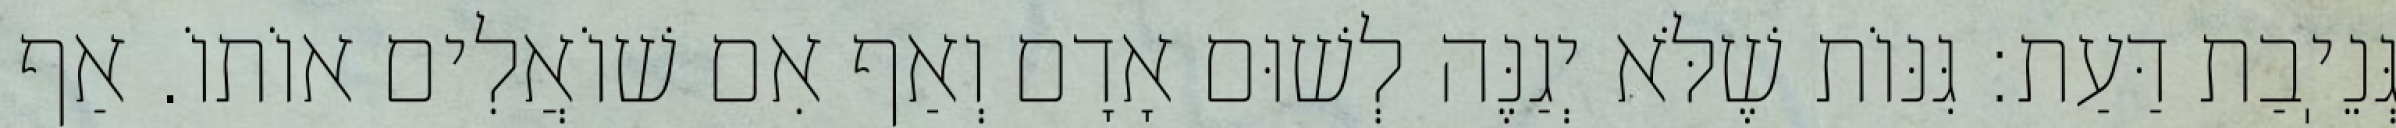
גְּנֵיֽבַת דַּעַת: גִּנּוֹת שֶׁלֹּא יְגַנֶּה לְשׁוּם אָדָם וְאַף אִם שׁוֹאֲלִים אוֹתוֹ. אַף